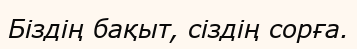
Біздің бақыт, сіздің сорға.